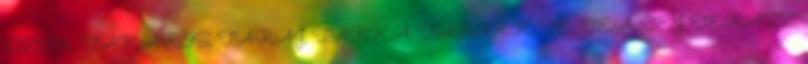
SZOK, TAKAROS, TARAJ, TARKA, TAROKK, TE, TEA, TEJ, TERASZ,